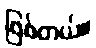
ဖြစ်တယ်။